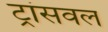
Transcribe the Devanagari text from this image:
ट्रांसवल